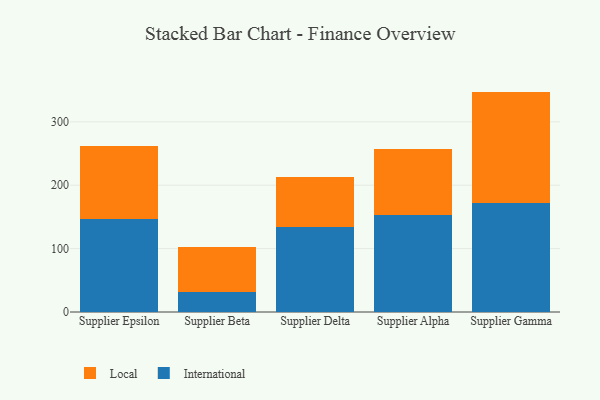
{"axis": {"x": "Supplier", "y": "Net Income (USD K)"}, "legend": ["International", "Local"], "data": [{"x": "Supplier Epsilon", "y": 146.8, "type": "International"}, {"x": "Supplier Epsilon", "y": 115.0, "type": "Local"}, {"x": "Supplier Beta", "y": 30.9, "type": "International"}, {"x": "Supplier Beta", "y": 72.3, "type": "Local"}, {"x": "Supplier Delta", "y": 134.0, "type": "International"}, {"x": "Supplier Delta", "y": 78.4, "type": "Local"}, {"x": "Supplier Alpha", "y": 153.7, "type": "International"}, {"x": "Supplier Alpha", "y": 103.3, "type": "Local"}, {"x": "Supplier Gamma", "y": 172.4, "type": "International"}, {"x": "Supplier Gamma", "y": 175.3, "type": "Local"}]}